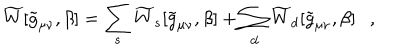
\widetilde { W } [ \tilde { g } _ { \mu \nu } , \beta ] = \sum _ { s } \widetilde { W } _ { s } [ \tilde { g } _ { \mu \nu } , \beta ] + \sum _ { d } \widetilde { W } _ { d } [ \tilde { g } _ { \mu \nu } , \beta ] ,